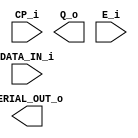
/*
    Intel i4003 SR
                _____   _____
        CP   1 |*    \_/     | 16  E
   DATA_IN   2 |             | 15  SERIAL_OUT
        Q0   3 |             | 14  Vdd
        Q1   4 |             | 13  Q9
       Vss   5 |             | 12  Q8
        Q2   6 |             | 11  Q7
        Q3   7 |             | 10  Q6
        Q4   8 |_____________|  9  Q5

    CP          - CLOCK PULSE INPUT
    Q0-Q9       - PARALLEL OUTPUTS
    E           - ENABLE INPUT
*/

module i4003(
    input CP_i,
    input DATA_IN_i,
    output [9:0] Q_o,
    input E_i,
    output SERIAL_OUT_o
);

endmodule